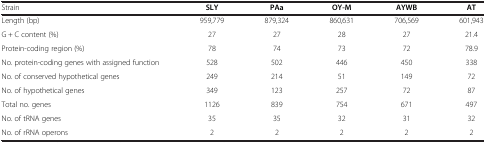
| Strain | SLY | PAa | OY-M | AYWB | AT |
 | --- | --- | --- | --- | --- | --- |
 | Length (bp) | 959,779 | 879,324 | 860,631 | 706,569 | 601,943 |
 | G + C content (%) | 27 | 27 | 28 | 27 | 21.4 |
 | Protein-coding region (%) | 78 | 74 | 73 | 72 | 78.9 |
 | No. protein-coding genes with assigned function | 528 | 502 | 446 | 450 | 338 |
 | No. of conserved hypothetical genes | 249 | 214 | 51 | 149 | 72 |
 | No. of hypothetical genes | 349 | 123 | 257 | 72 | 87 |
 | Total no. genes | 1126 | 839 | 754 | 671 | 497 |
 | No. of tRNA genes | 35 | 35 | 32 | 31 | 32 |
 | No. of rRNA operons | 2 | 2 | 2 | 2 | 2 |